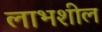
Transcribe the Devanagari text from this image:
लाभशील